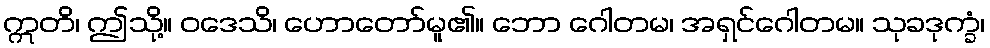
ဣတိ၊ ဤသို့။ ဝဒေသိ၊ ဟောတော်မူ၏။ ဘော ဂေါတမ၊ အရှင်ဂေါတမ။ သုခဒုက္ခံ၊